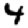
Digit: 4